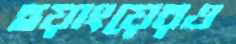
হুয়াংয়েরও